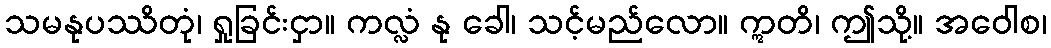
သမနုပဿိတုံ၊ ရှုခြင်းငှာ။ ကလ္လံ နု ခေါ၊ သင့်မည်လော။ ဣတိ၊ ဤသို့။ အဝေါစ၊